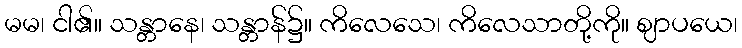
မမ၊ ငါ၏။ သန္တာနေ၊ သန္တာန်၌။ ကိလေသေ၊ ကိလေသာတို့ကို။ ဈာပယေ၊